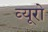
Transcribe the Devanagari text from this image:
व्‍यूरो